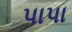
પાપા